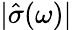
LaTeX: |\hat{\sigma}(\omega)|